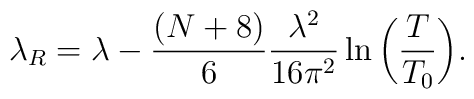
\lambda_{R}=\lambda-\frac{(N+8)}{6}\frac{\lambda^{2}}{16\pi^{2}}\ln{\left( \frac{T}{T_{0}} \right)}.